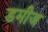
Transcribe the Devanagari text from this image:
डमीज